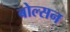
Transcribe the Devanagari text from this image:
बोल्सन